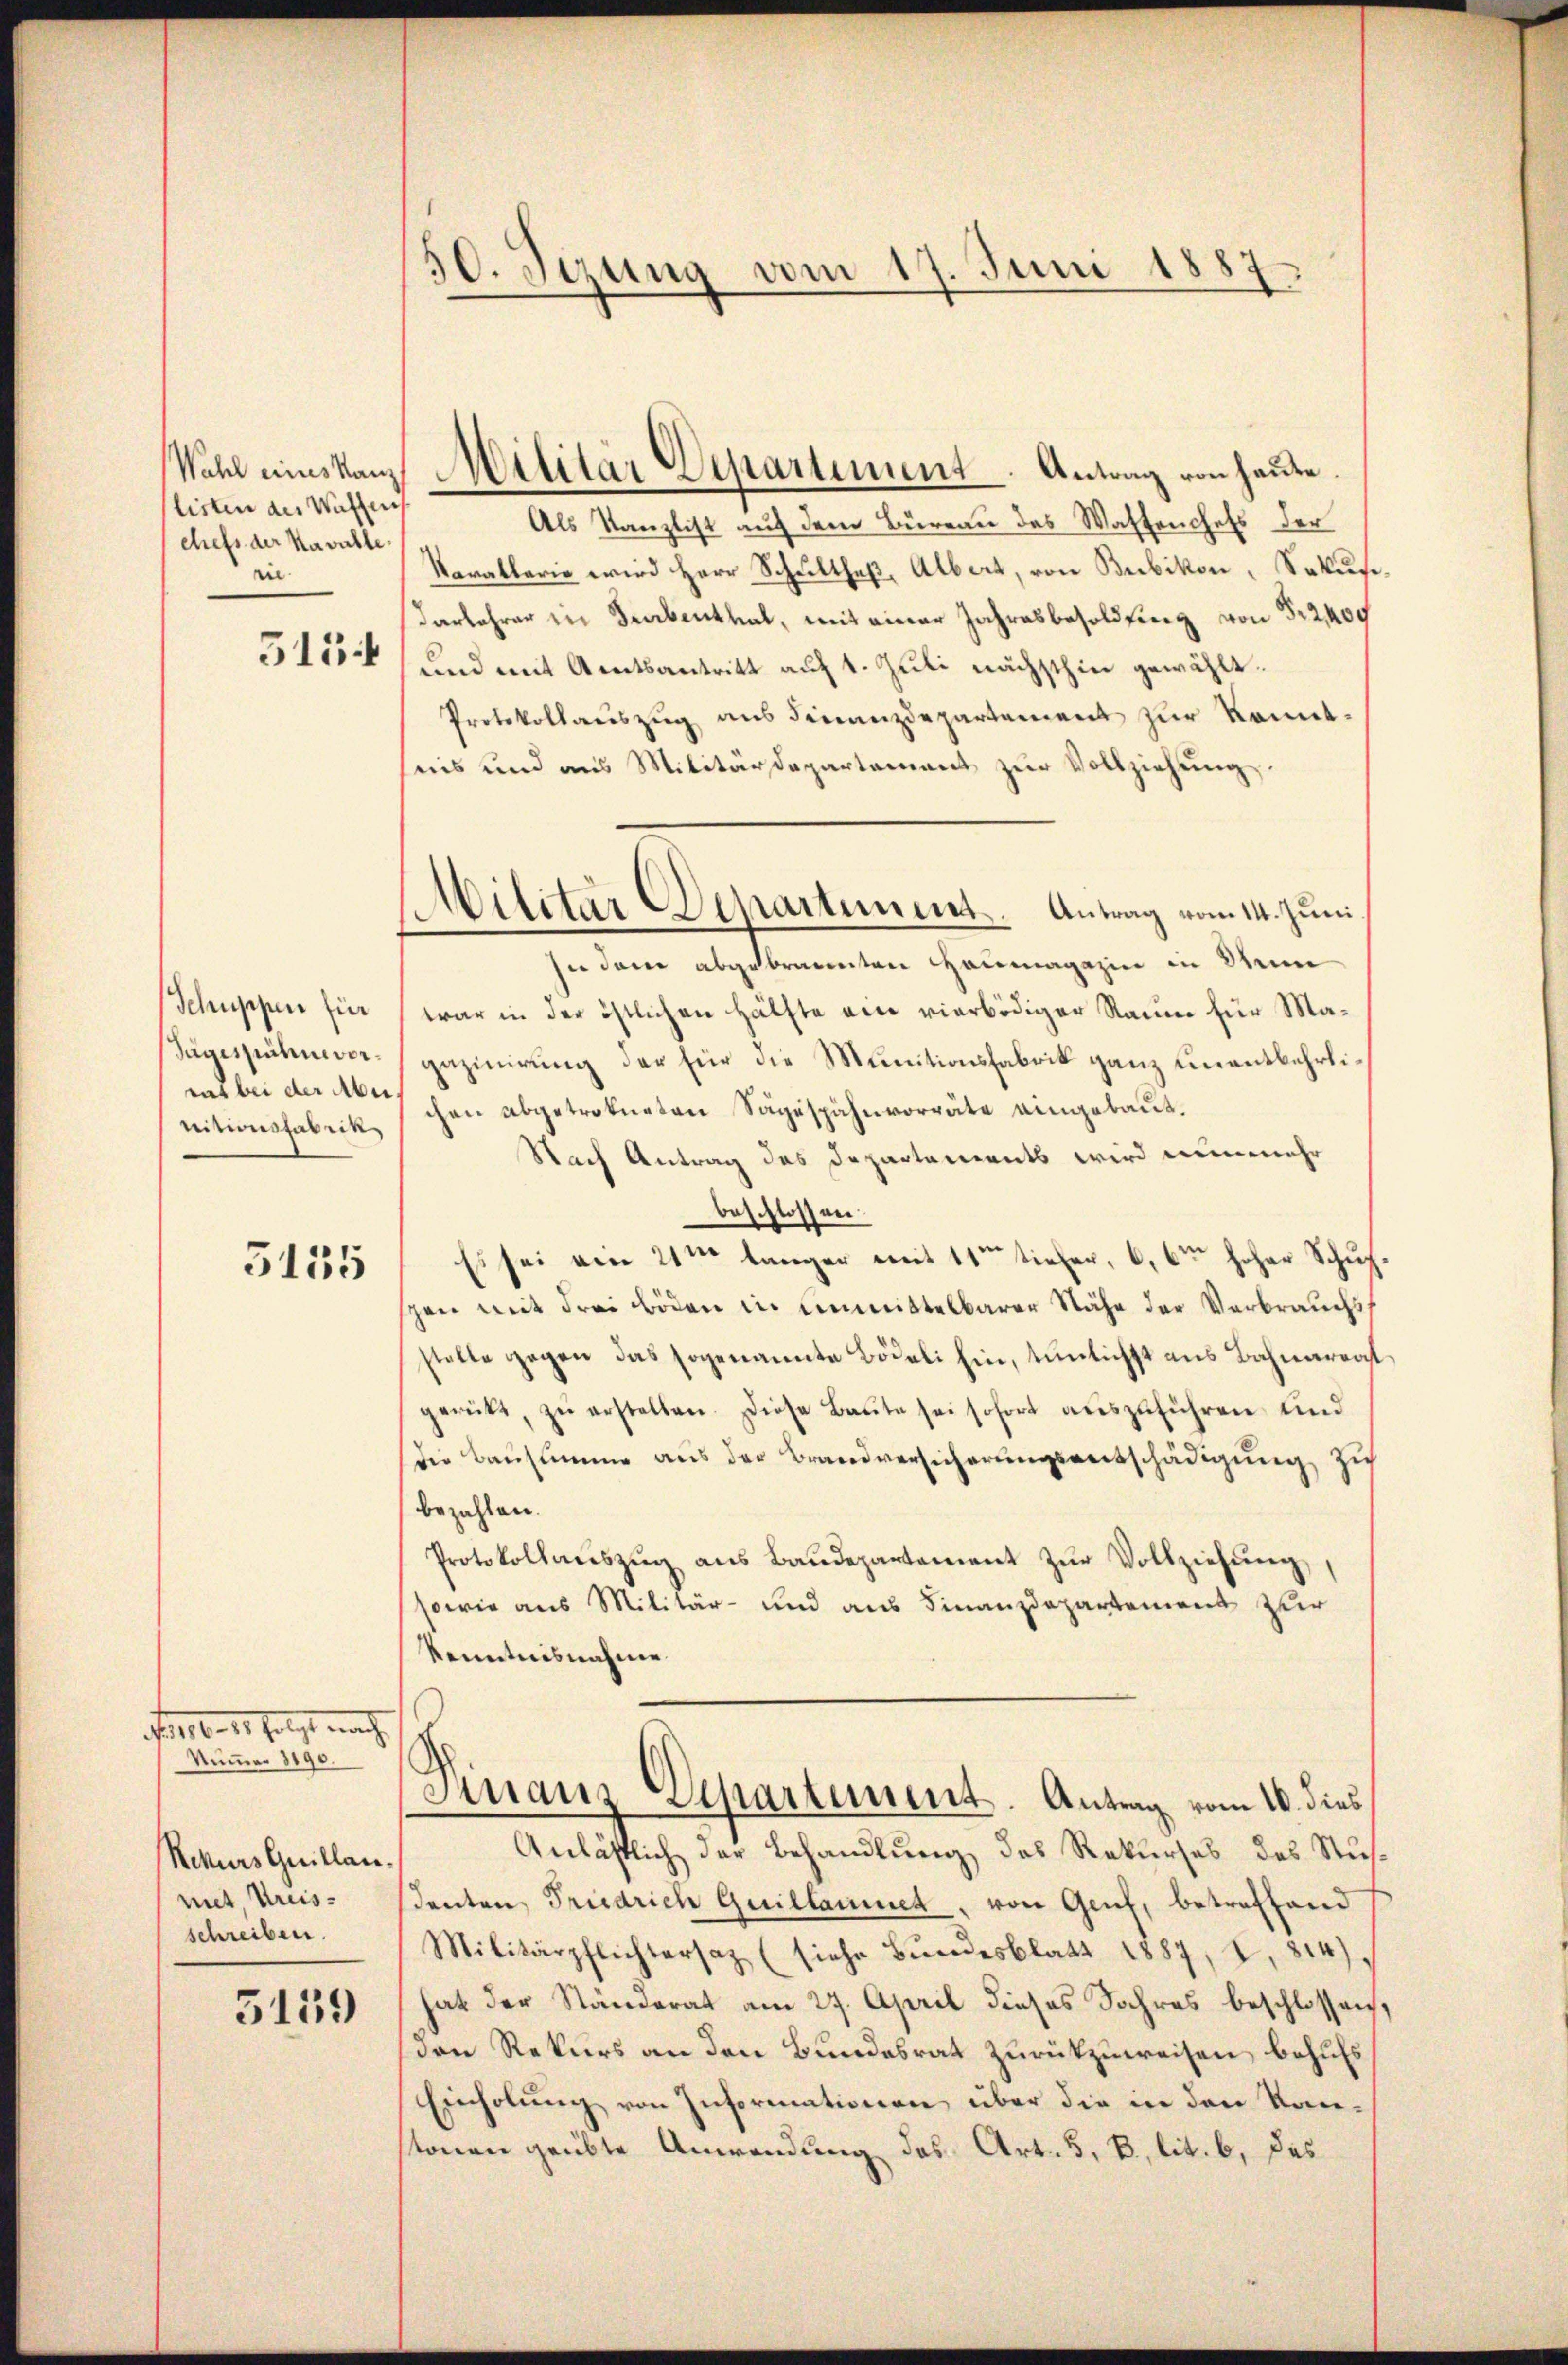
Wahl eines Kanz
listen des Waffen
chefs der Kavalle
rie.
515.

Schuppen für
Sägissenten vorrut bei der Aber
nitionsfabrik

5135

.106. 18. folgt nach
Nummer 1190.
Rekurs Guillan
mit, Kreisschreiben.

5159

50. Sezung vom 17. Juni 1887

Militär Departement. Antrag von heute.
Als Kanzlist auf dem Büreau des Waffenchefs der
Karallerie wird Herr Schultheß, Albert, von Bubikon, Sature,
darlehrer in Frabenthal, mit einer Jahresbesoldung von 522,400
und mit Amtsantritt auf 1. Juli nächsthin gewählt.
Protokollauszug aus Finanzdepartement zur Kenntnis und aus Militärdepartement zur Vollziehung
In dem abgebrannten Haumagazin in Min
war in der östlichen Hälfte ein vierbödiger Raum für Magazinirung der für die Munitionsfabrik ganz einentbehrlichen abgetrofneten Sägespähnvorräte eingebaut.
Nach Antrag des Departements wird nunmehr
beschlossen.
Es sei ein 21t länger mit 11ten tiefer, 6, 6te hoher Schup
gen mit drei Böden in Einmittelbarer Nähe der Verbrauchs
stelle gegen das sogenannte Bödeli hin, tŭnlichst aus Bahnarrat
gerütt, zŭ erstellen. Diese Baŭte sei sofort aŭszŭführen und
die Bausumme aus der Brandversicherungsentschädigung zu
bezahlen.
Protokollaŭszŭg ans Baudepartement zŭr Vollziehung
sowie aus Militär- und aus Finanzdepartement zur
Kenntnisnahme
Finanz-Departement. Antrag vom 10. dies
Anlässlich der Behandlung des Rekurses des Susdenten Friedrich Guillammer, von Genf, betreffend
Militärpflichtersaz (siehe Bŭndesblatt 1887, I, 814).
hat der Ständerat am 27. April dieses Jahres beschlossen,
den Rekurs an den Bundesrat zurükzuweisen, behufs
Einholung von Informationen über die in den Kantonen geübte Anwendung des Art. 5, B, lit. b, das

Militar Departiment. Antrag vom 14. Juni